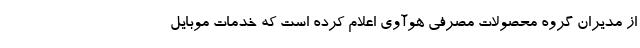
از مدیران گروه محصولات مصرفی هوآوی اعلام کرده است که خدمات موبایل